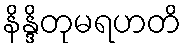
နိန္ဒိတုမရဟတိ